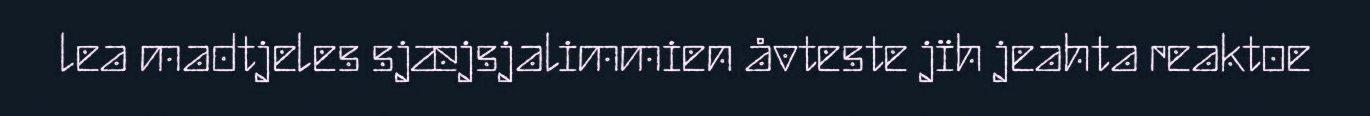
lea madtjeles sjæjsjalimmien åvteste jïh jeahta reaktoe